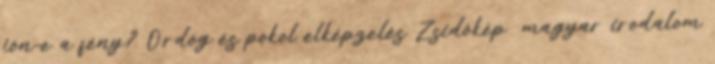
jön-e a fény? Ördög és pokol elképzelés Zsidókép magyar irodalom